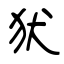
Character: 犾